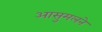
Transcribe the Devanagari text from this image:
आसुमलने